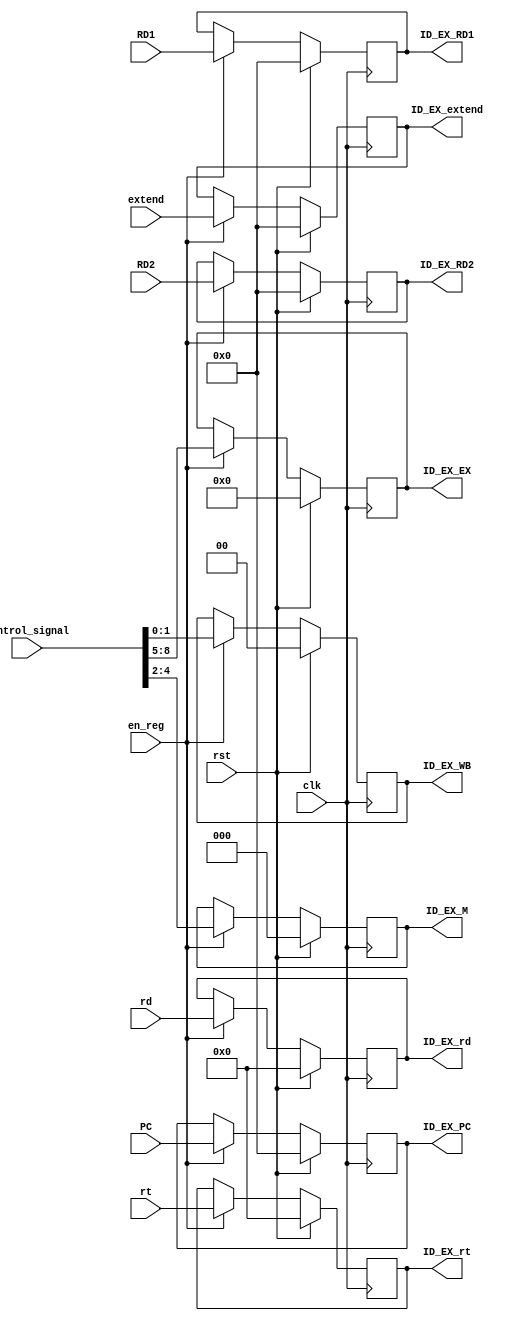
module ID_EX( clk, rst, ID_EX_WB, ID_EX_M, ID_EX_EX, ID_EX_RD1,
			ID_EX_RD2, ID_EX_rt, ID_EX_rd, ID_EX_PC, ID_EX_extend,
			Control_signal, RD1, RD2, rt, rd, PC, extend, en_reg ) ;
			
	input clk, rst, en_reg ;
	input [31:0] PC, RD1, RD2, extend ;
	input [4:0] rd, rt ;
	input [8:0] Control_signal ;
	
	output reg [31:0] ID_EX_PC, ID_EX_extend, ID_EX_RD1, ID_EX_RD2 ;
	output reg [4:0] ID_EX_rt, ID_EX_rd ;
	output reg [1:0] ID_EX_WB ;
	output reg [2:0] ID_EX_M ;
	output reg [3:0] ID_EX_EX ;
	
	always @ ( posedge clk ) begin
		if( rst ) begin
			ID_EX_PC <= 32'b0 ;
			ID_EX_extend <= 32'b0 ;
			ID_EX_RD1 <= 5'b0 ;
			ID_EX_RD2 <= 5'b0 ;
			ID_EX_rt <= 5'b0 ;
			ID_EX_rd <= 5'b0 ;
			ID_EX_WB <= 2'b0 ;
			ID_EX_M <= 3'b0 ;
			ID_EX_EX <= 4'b0 ;
		end
		else if( en_reg ) begin
			ID_EX_PC <= PC ;
			ID_EX_extend <= extend ;
			ID_EX_RD1 <= RD1 ;
			ID_EX_RD2 <= RD2 ;
			ID_EX_rt <= rt ;
			ID_EX_rd <= rd;
			
			ID_EX_WB <= Control_signal[1:0] ;
			ID_EX_M <= Control_signal[4:2] ;
			ID_EX_EX <= Control_signal[8:5] ;

			
		end
		
	end
	
endmodule